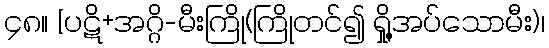
၄၈။ [ပဋိ+အဂ္ဂိ-မီးကြို(ကြိုတင်၍ ရှို့အပ်သောမီး)၊